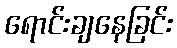
ရောင်းချနေခြင်း